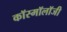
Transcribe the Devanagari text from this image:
कॉस्मॉलॉजी